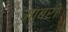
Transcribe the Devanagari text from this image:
माबरी